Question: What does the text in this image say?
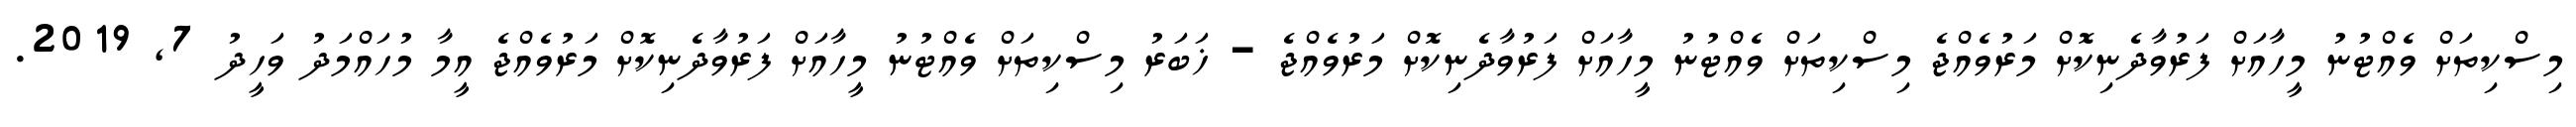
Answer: މިސްކިތަށް ވެއްޓުނު މީހާއަށް ފަރުވާދެނިކޮށް މަރުވެއްޖެ މިސްކިތަށް ވެއްޓުނު މީހާއަށް ފަރުވާދެނިކޮށް މަރުވެއްޖެ - ޚަބަރު މިސްކިތަށް ވެއްޓުނު މީހާއަށް ފަރުވާދެނިކޮށް މަރުވެއްޖެ އީމާ މުހައްމަދު ވަހީދު 7, 2019.